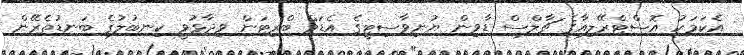
އެކަމަކު އޮސްޓްރޭލިއާގެ ޗާލްސް ޑާވިން ޔުނިވާސިޓީގެ އެޑަމް ބްރިޓަން ވިދާޅުވީ ކިނބުލުގެ ބަނޑުތެރޭން